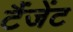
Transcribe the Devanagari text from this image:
टैंजेंट